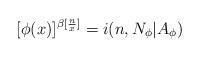
LaTeX: \begin{align*}[\phi(x)]^{\beta[\frac{n}{x}]}=i(n,N_\phi|A_\phi)\end{align*}